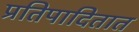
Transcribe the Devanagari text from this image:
प्रतिपादितात